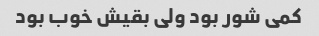
کمی شور بود ولی بقیش خوب بود